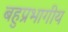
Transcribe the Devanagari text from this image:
बहुप्रभागीय